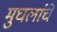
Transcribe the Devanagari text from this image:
मुघलांचे